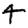
Digit: 4